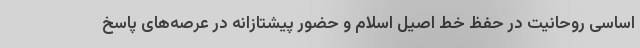
اساسی روحانیت در حفظ خط اصیل اسلام و حضور پیشتازانه در عرصه‌های پاسخ